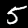
Label: 5